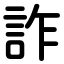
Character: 詐